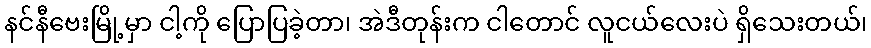
နင်နီဗေးမြို့မှာ ငါ့ကို ပြောပြခဲ့တာ၊ အဲဒီတုန်းက ငါတောင် လူငယ်လေးပဲ ရှိသေးတယ်၊